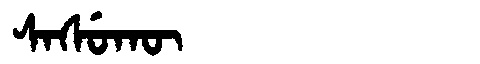
Manchu: ᠰᠠᠰᡠᡴᡡ
Romanization: SASUKŪ